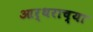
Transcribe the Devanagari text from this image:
आर्थराच्या